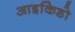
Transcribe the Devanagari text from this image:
आइकिडो